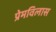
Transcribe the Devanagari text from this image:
प्रेमविलास